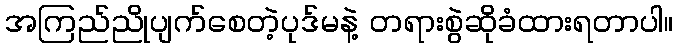
အကြည်ညိုပျက်စေတဲ့ပုဒ်မနဲ့ တရားစွဲဆိုခံထားရတာပါ။